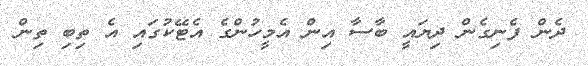
ދެން ފެނިގެން ދިޔައީ ބާސާ އިން އެމީހުންގެ އެޓޭކުގައި އެ ތިބި ތިން